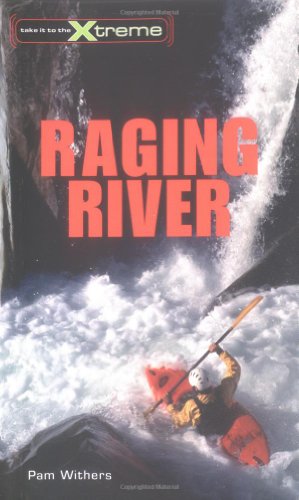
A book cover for Raging River (Take It to the Xtreme); Pam Withers; Sports & Outdoors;